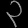
Digit: ၃